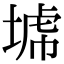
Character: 𡎍